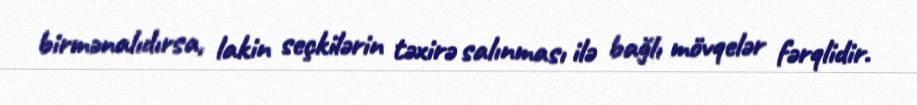
birmənalıdırsa, lakin seçkilərin təxirə salınması ilə bağlı mövqelər fərqlidir.